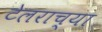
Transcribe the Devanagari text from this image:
टेलराच्या